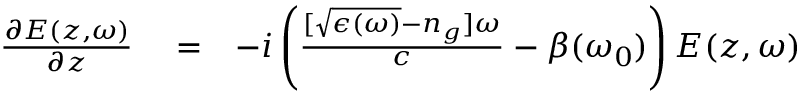
\begin{array} { r l r } { \frac { \partial E ( z , \omega ) } { \partial z } } & { { } = } & { - i \left( \frac { [ \sqrt { \epsilon ( \omega ) } - n _ { g } ] \omega } { c } - \beta ( \omega _ { 0 } ) \right) E ( z , \omega ) } \end{array}